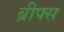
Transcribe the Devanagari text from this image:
ब्रीफ्स